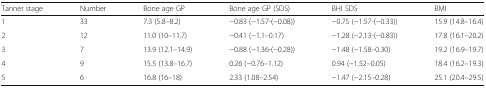
<table><thead><tr><td><b>Tanner stage</b></td><td><b>Number</b></td><td><b>Bone age GP</b></td><td><b>Bone age GP (SDS)</b></td><td><b>BHI SDS</b></td><td><b>BMI</b></td></tr></thead><tbody><tr><td>1</td><td>33</td><td>7.3 (5.8–8.2)</td><td>−0.83 (−1.57-(−0.08))</td><td>−0.75 (−1.57-(−0.33))</td><td>15.9 (14.8–16.4)</td></tr><tr><td>2</td><td>12</td><td>11.0 (10–11.7)</td><td>−0.41 (−1.1–0.17)</td><td>−1.28 (−2.13-(−0.83))</td><td>17.8 (16.1–20.2)</td></tr><tr><td>3</td><td>7</td><td>13.9 (12.1–14.9)</td><td>−0.88 (−1.36-(−0.28))</td><td>−1.48 (−1.58–0.30)</td><td>19.2 (16.9–19.7)</td></tr><tr><td>4</td><td>9</td><td>15.5 (13.8–16.7)</td><td>0.26 (−0.76–1.12)</td><td>0.94 (−1.52–0.05)</td><td>18.4 (16.2–19.3)</td></tr><tr><td>5</td><td>6</td><td>16.8 (16–18)</td><td>2.33 (1.08–2.54)</td><td>−1.47 (−2.15–0.28)</td><td>25.1 (20.4–29.5)</td></tr></tbody></table>